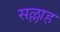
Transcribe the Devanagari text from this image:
सल्लाह